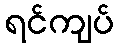
ရင်ကျပ်